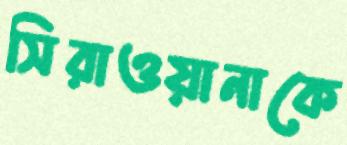
সিরাওয়ানাকে